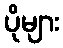
ပိုများ